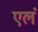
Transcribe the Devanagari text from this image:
एलं